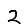
Digit: 2